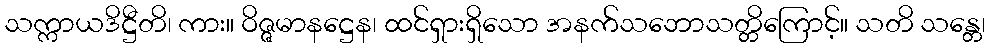
သက္ကာယဒိဋ္ဌီတိ၊ ကား။ ဝိဇ္ဇမာနဋ္ဌေန၊ ထင်ရှားရှိသော အနက်သဘောသတ္တိကြောင့်။ သတိ သန္တေ၊